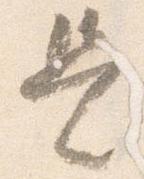
是